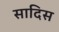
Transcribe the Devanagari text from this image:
सादिस